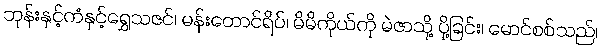
ဘုန်းနှင့်ကံနှင့်ရွှေသဇင်၊ မန်းတောင်ရိပ်၊ မိမိကိုယ်ကို မဲဇာသို့ ပို့ခြင်း၊ မောင်စစ်သည်၊